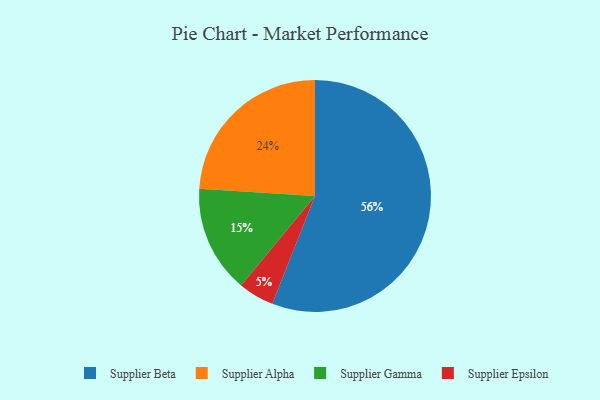
{"axis": {"x": "Category", "y": "Percentage"}, "legend": ["Supplier Alpha", "Supplier Beta", "Supplier Epsilon", "Supplier Gamma"], "data": [{"x": "Supplier Gamma", "y": 15, "type": "Supplier Gamma"}, {"x": "Supplier Epsilon", "y": 5, "type": "Supplier Epsilon"}, {"x": "Supplier Alpha", "y": 24, "type": "Supplier Alpha"}, {"x": "Supplier Beta", "y": 56, "type": "Supplier Beta"}]}